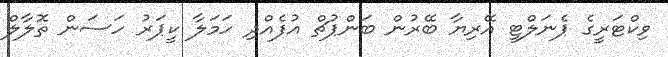
ވިކްޓަރީގެ ޕެނަލްޓީ އޭރިޔާ ބޭރުން ބަންޕުޗް އުފެއްދި ހަމަލާ ކީޕަރު ހަސަން ތޮލާލް